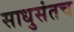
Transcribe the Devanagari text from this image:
साधुसंतच